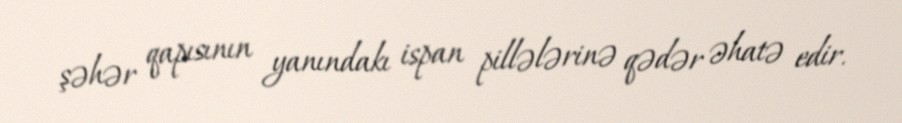
şəhər qapısının yanındakı ispan pillələrinə qədər əhatə edir.